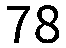
78